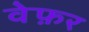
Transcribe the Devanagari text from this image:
वेफ़र